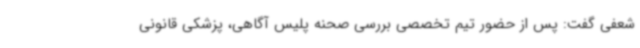
شعفی گفت: پس از حضور تیم تخصصی بررسی صحنه پلیس آگاهی، پزشکی قانونی